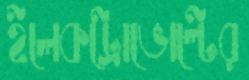
ইলেকট্রোভোল্টের